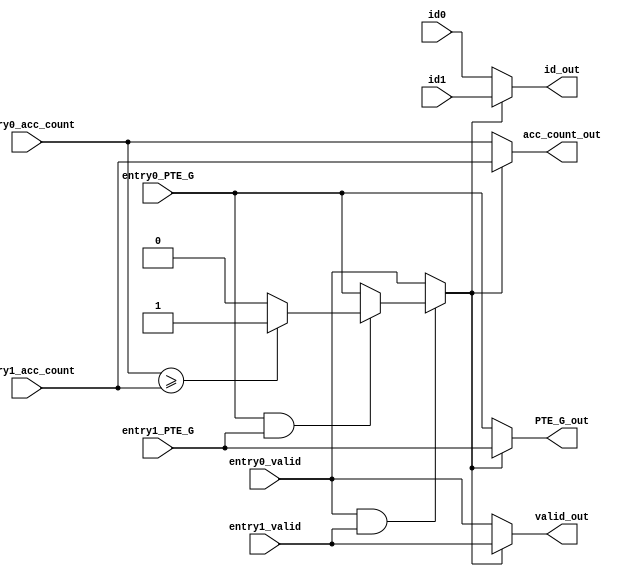
module arbitrate_select_cell
(
//entry0
input wire [1:0]id0,
input wire entry0_valid,			//TLB entry
input wire [11:0]entry0_acc_count,	//
input wire entry0_PTE_G,				//
//entry1
input wire [1:0]id1,
input wire entry1_valid,			//TLB entry
input wire [11:0]entry1_acc_count,	//
input wire entry1_PTE_G,				//
//
output wire [1:0]id_out,
output wire valid_out,			//TLB entry
output wire [11:0]acc_count_out,	//
output wire PTE_G_out				//
);
wire sel;			//

wire both_valid;		//
wire both_global;		//

assign both_valid	=	entry0_valid & entry1_valid;
assign both_global	=	entry0_PTE_G & entry1_PTE_G;
			
assign sel = 	!both_valid ? (entry0_valid) : 		//
				!both_global ? (entry0_PTE_G) : 	//
				(entry0_acc_count >=entry1_acc_count) ? 1'b1 : 1'b0;	//

assign id_out	=	sel ? id1 : id0;
assign valid_out=	sel ? entry1_valid : entry0_valid;
assign acc_count_out=	sel ? entry1_acc_count : entry0_acc_count;
assign PTE_G_out	=	sel ? entry1_PTE_G : entry0_PTE_G;

endmodule